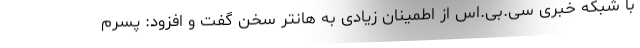
با شبکه خبری سی.بی.اس از اطمینان زیادی به هانتر سخن گفت و افزود: پسرم